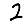
Digit: 2